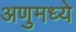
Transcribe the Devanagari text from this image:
अणुमध्ये